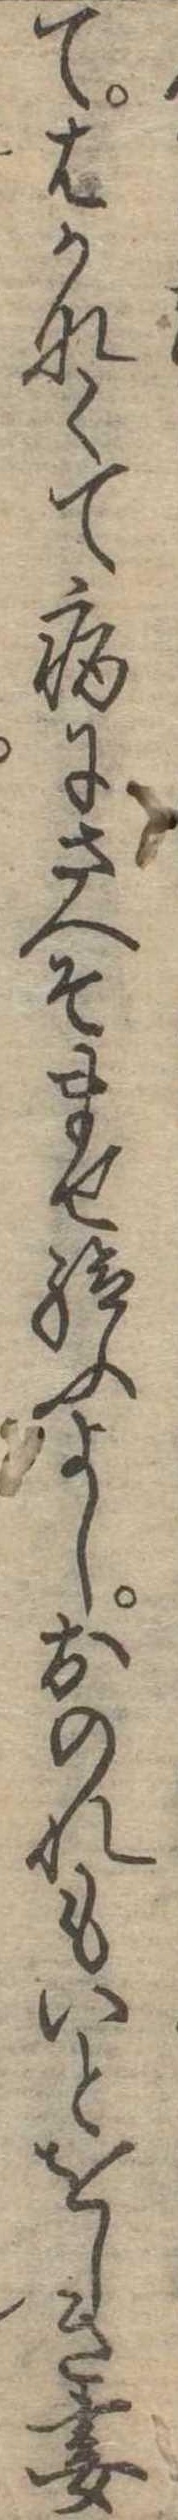
てはかなくて病にさへそませ給ふよしおのれもいとをしき妻